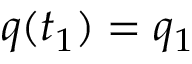
q ( t _ { 1 } ) = q _ { 1 }